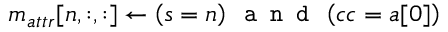
m _ { a t t r } [ n , : , : ] \gets \left( s = n \right) \texttt { a n d } \left( c c = a [ 0 ] \right)